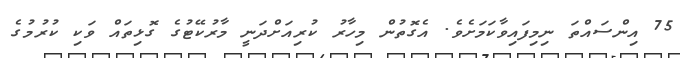
75 އިންސައްތަ ނިމިފައިވާކަމަށެވެ. އެގޮތުން މިހާރު ކުރިއަށްދަނީ މާރުކޭޓުގެ ގޮޅިތައް ވަކި ކުރުމުގެ